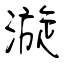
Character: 漩